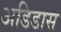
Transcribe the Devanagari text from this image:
अडिडास